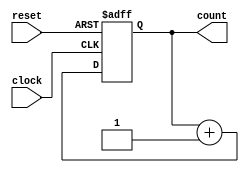
module binary_counter (
    input wire clock,      // Clock signal
    input wire reset,      // Active-high reset signal
    output reg [1:0] count // 2-bit output count
);

// Always block triggered on the rising edge of the clock or reset
always @(posedge clock or posedge reset) begin
    if (reset) begin
        // Reset the count to 0
        count <= 2'b00;
    end else begin
        // Increment the counter
        count <= count + 1;
    end
end

endmodule